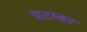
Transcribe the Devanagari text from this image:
पटम्‍बर